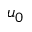
u _ { 0 }